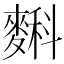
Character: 𪍎